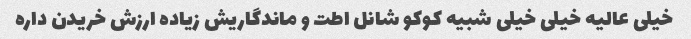
خیلی عالیه خیلی خیلی شبیه کوکو شانل اطت و ماندگاریش زیاده ارزش خریدن داره